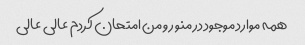
همه موارد موجود در منو رو من امتحان کردم عالی عالی